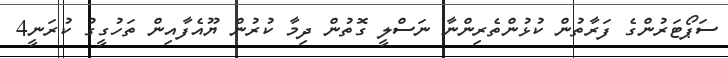
ސަޕޯޓަރުންގެ ފަރާތުން ކުޅުންތެރިންނާ ނަސްލީ ގޮތުން ދިމާ ކުރުން ޔޫއެފާއިން ތަހުގީގު ކުރަނީ4